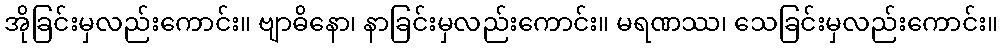
အိုခြင်းမှလည်းကောင်း။ ဗျာဓိနော၊ နာခြင်းမှလည်းကောင်း။ မရဏဿ၊ သေခြင်းမှလည်းကောင်း။